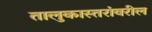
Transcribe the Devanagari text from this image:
तालुकास्तरांवरील